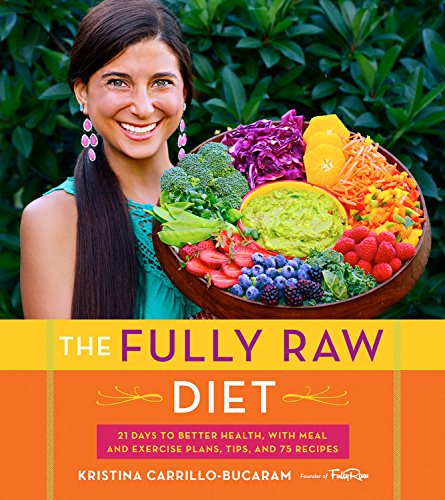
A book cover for The Fully Raw Diet: 21 Days to Better Health, with Meal and Exercise Plans, Tips, and 75 Recipes; Kristina Carrillo-Bucaram; Cookbooks, Food & Wine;